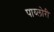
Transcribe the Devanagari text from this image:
पाय्लोरी